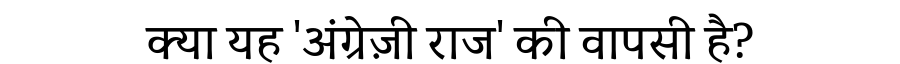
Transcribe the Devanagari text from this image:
क्या यह 'अंग्रेज़ी राज' की वापसी है?